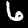
Label: 6